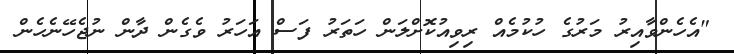
"އެހެންވާއިރު މަރުގެ ހުކުމެއް ރިވިއުކޮށްލަން ހަތަރު ފަސް އަހަރު ވެގެން ދާން ނުޖެހޭނެހެން